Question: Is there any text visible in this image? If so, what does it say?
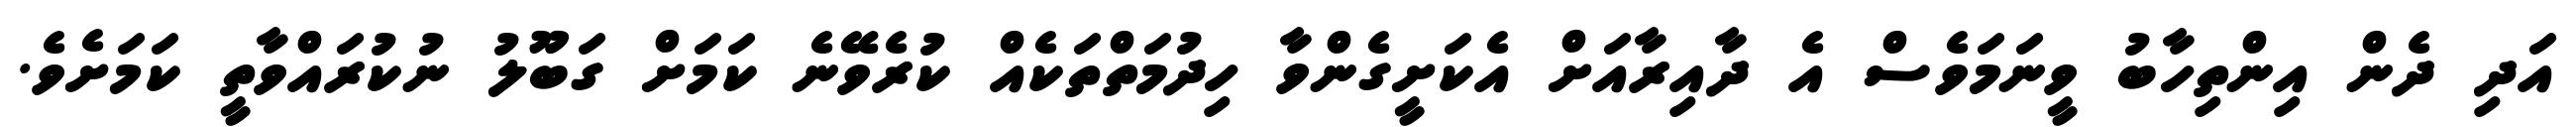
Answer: އަދި ދެން އިންތިހާބު ވީނަމަވެސް އެ ދާއިރާއަށް އެކަށީގެންވާ ހިދުމަތްތަކެއް ކުރެވޭނެ ކަމަށް ގަބޫލު ނުކުރައްވާތީ ކަމަށެވެ.